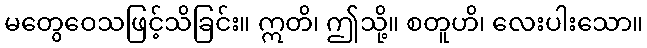
မတွေဝေသဖြင့်သိခြင်း။ ဣတိ၊ ဤသို့။ စတူဟိ၊ လေးပါးသော။